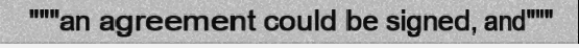
"""an agreement could be signed, and"""